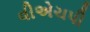
વીએચપી